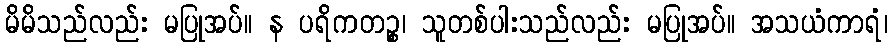
မိမိသည်လည်း မပြုအပ်။ န ပရိကတဉ္စ၊ သူတစ်ပါးသည်လည်း မပြုအပ်။ အသယံကာရံ၊